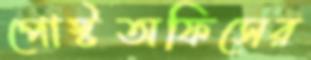
পোস্টঅফিসের